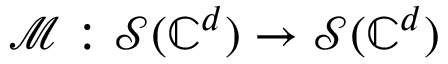
\mathcal { M } : \mathcal { S } ( \mathbb { C } ^ { d } ) \rightarrow \mathcal { S } ( \mathbb { C } ^ { d } )